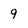
Character: 9